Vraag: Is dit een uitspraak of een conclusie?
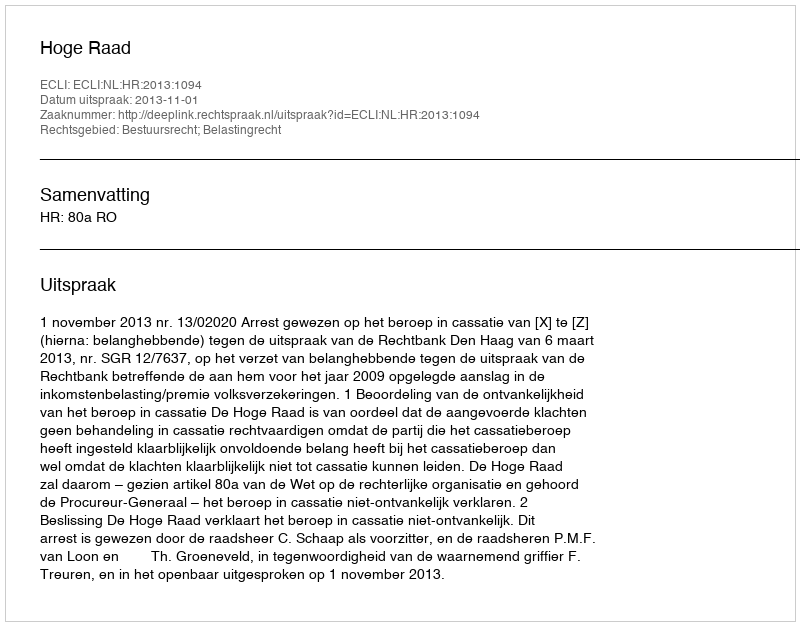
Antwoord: Uitspraak